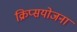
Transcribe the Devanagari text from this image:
क्रिप्सयोजना